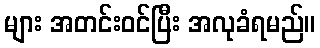
များ အတင်းဝင်ပြီး အလုခံရမည်။